Scottish Leaving Certificate Examination, 1960
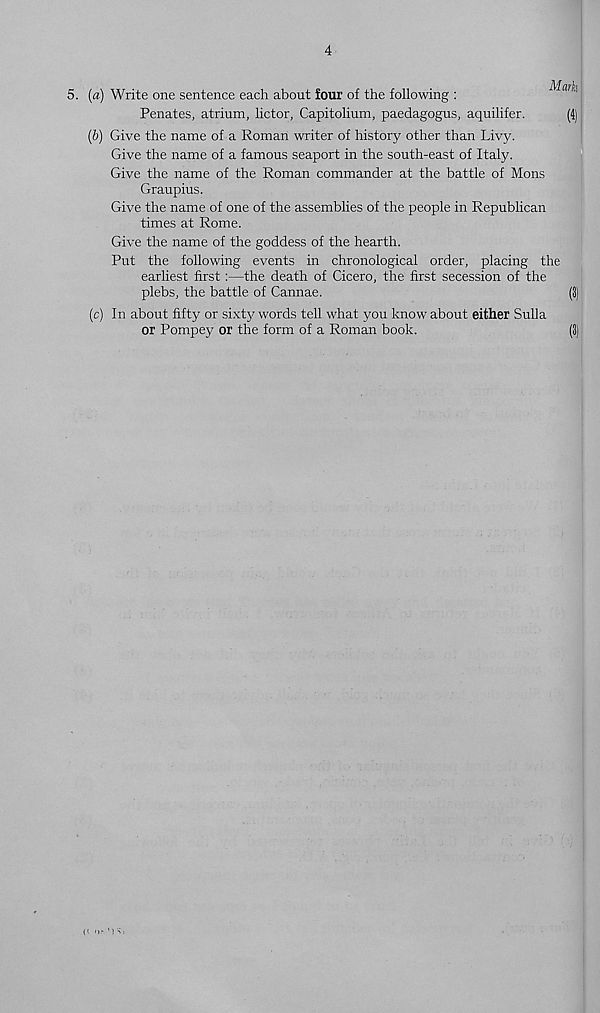
4
5. (a) Write one sentence each about four of the following :
Penates, atrium, lictor, Capitolium, paedagogus, aquilifer.
(b) Give the name of a Roman writer of history other than Livy.
Give the name of a famous seaport in the south-east of Italy.
Give the name of the Roman commander at the battle of Mons
Graupius.
Give the name of one of the assemblies of the people in Republican
times at Rome.
Give the name of the goddess of the hearth.
Put the following events in chronological order, placing the
earliest first:—the death of Cicero, the first secession of the
plebs, the battle of Cannae.
(c) In about fifty or sixty words tell what you know about either Sulla
or Pompey or the form of a Roman book.